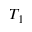
T _ { 1 }